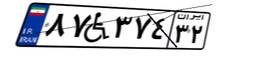
۸۷W۳۷۴۳۲